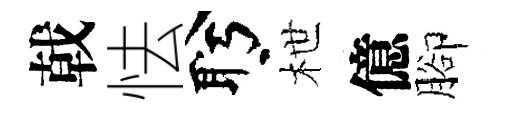
戟怯盻枻億腳